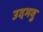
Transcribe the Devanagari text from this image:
उदभवु